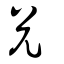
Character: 兌